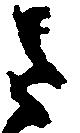
さ